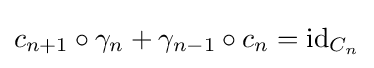
c_{n+1}\circ \gamma _{n}+\gamma _{n-1}\circ c_{n}=\operatorname {id} _{C_{n}}